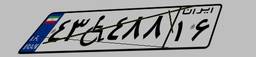
۴۳W۴۸۸۱۶